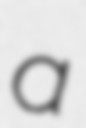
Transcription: a